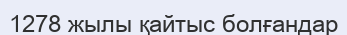
1278 жылы қайтыс болғандар